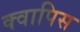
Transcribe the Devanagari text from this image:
क्वापिस